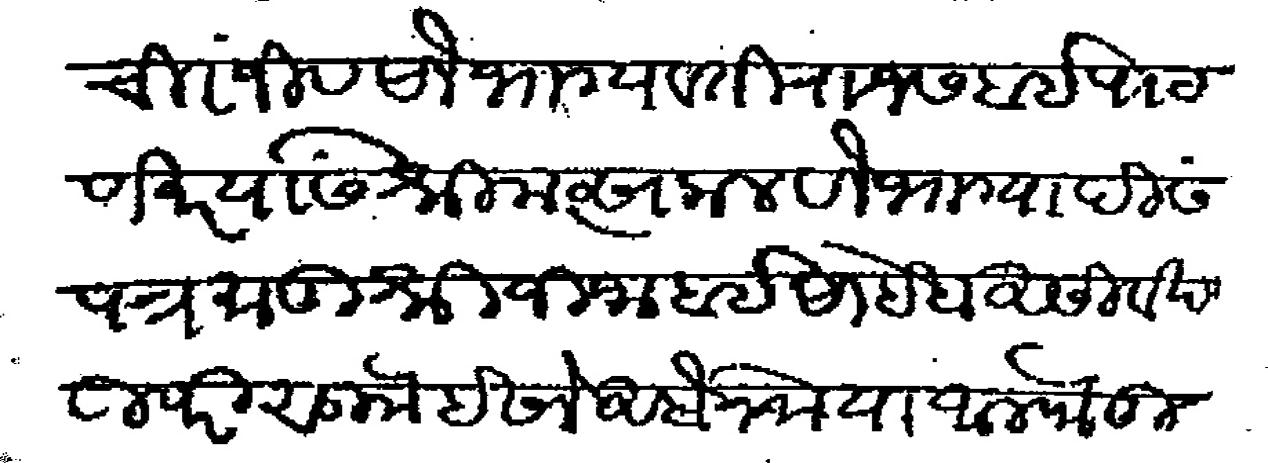
Transliteration (Devanagari): चिरंजीव सौभाग्यवती राजसबाई पाटणकर यांस श्रीमत्सकल सौभाग्यादी संपन्न मातुश्री जिजाबाई साहेब आसीर्वाद उपरी सु ईसने आर्बेन मया व अलफे तुम्ही